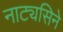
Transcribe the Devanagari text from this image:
नाट्यसिने